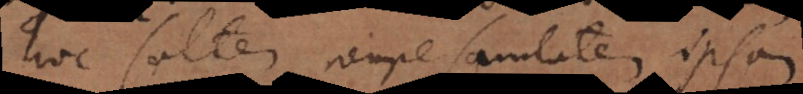
hoc saltem nempe sanitatem ipsam